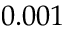
0 . 0 0 1